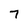
Character: 7